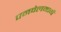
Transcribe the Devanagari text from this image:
पनवेलमार्गे